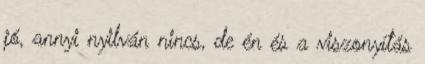
jó, annyi nyilván nincs, de én és a viszonyítás